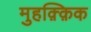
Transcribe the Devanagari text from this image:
मुहक़्क़िक